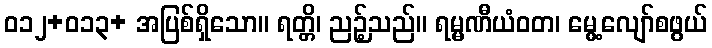
ဝ၁၂+ဝ၁၃+ အပြစ်ရှိသော။ ရတ္တိ၊ ညဉ့်သည်။ ရမ္မဏီယံဝတ၊ မွေ့လျော်စဖွယ်